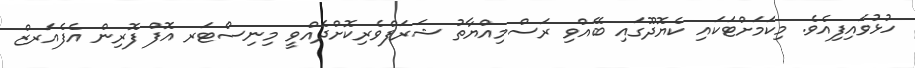
ހުޅުވައިފިއެވެ. މިކަމަށްޓަކައި ކެޔޮދޫގައި ބޭއްވި ރަސްމިއްޔާތު ޝަރަފްވެރިކޮށްދެއްވީ މިނިސްޓަރ އޮފް ފޮރިން އެފެއަރޒް